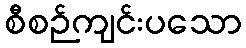
စီစဉ်ကျင်းပသော